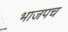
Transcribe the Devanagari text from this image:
भाजपच